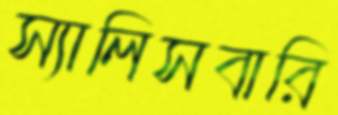
স্যালিসবারি